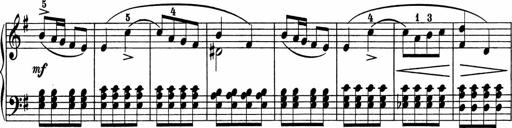
Title: 5 Sonatinen fÃ¼r die Jugend
Composer: Carl Reinecke